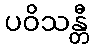
ပဝိသန္တီ